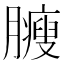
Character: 𦢝